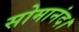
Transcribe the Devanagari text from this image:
सोमानंद।